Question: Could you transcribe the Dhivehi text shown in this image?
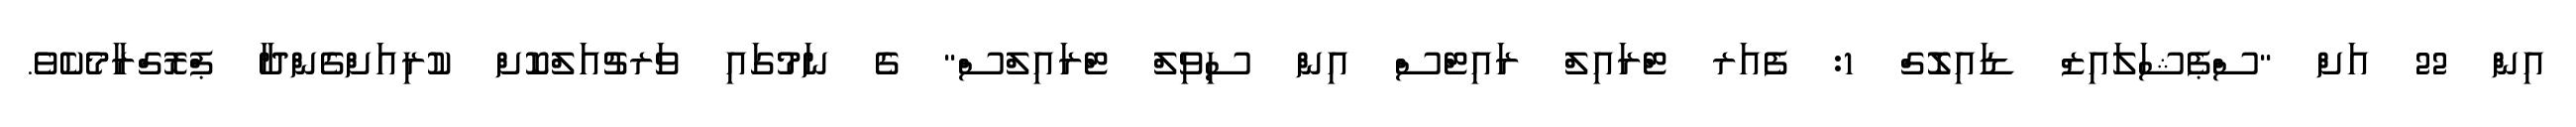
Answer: އިން 22 އަށް "ސްޕެޝަލައިޒް ޑައިލޮގް 1: ފެއަރ ޓްރައިލް ރައިޓްސް އިން ސިވިލް ޓްރައިލްސް" ގެ ނަމުގައި ވަރޗުއަލްކޮށް ކުރިއަށްގެންދާ ޕްރޮގްރާމެކެވެ.